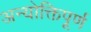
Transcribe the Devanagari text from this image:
अन्योक्तिपूर्ण